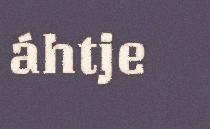
áhtje